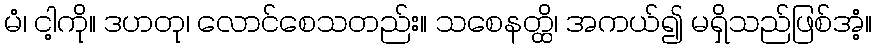
မံ၊ ငါ့ကို။ ဒဟတု၊ လောင်စေသတည်း။ သစေနတ္ထိ၊ အကယ်၍ မရှိသည်ဖြစ်အံ့။